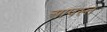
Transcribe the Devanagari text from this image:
आपस्त